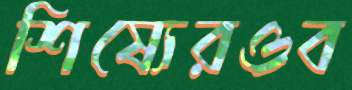
শিষ্যেরওব